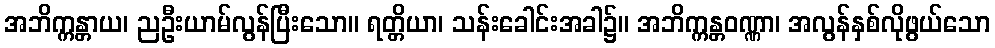
အဘိက္ကန္တာယ၊ ညဦးယာမ်လွန်ပြီးသော။ ရတ္တိယာ၊ သန်းခေါင်းအခါ၌။ အဘိက္ကန္တဝဏ္ဏာ၊ အလွန်နှစ်လိုဖွယ်သော